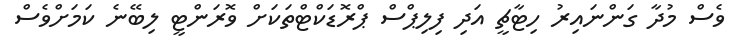
ވެސް މުދާ ގަންނައިރު ހިޓާޗީ އަދި ފިލިޕްސް ޕްރޮޑަކްޓްތަކަށް ވޮރަންޓީ ލިބޭނެ ކަމަށްވެސް